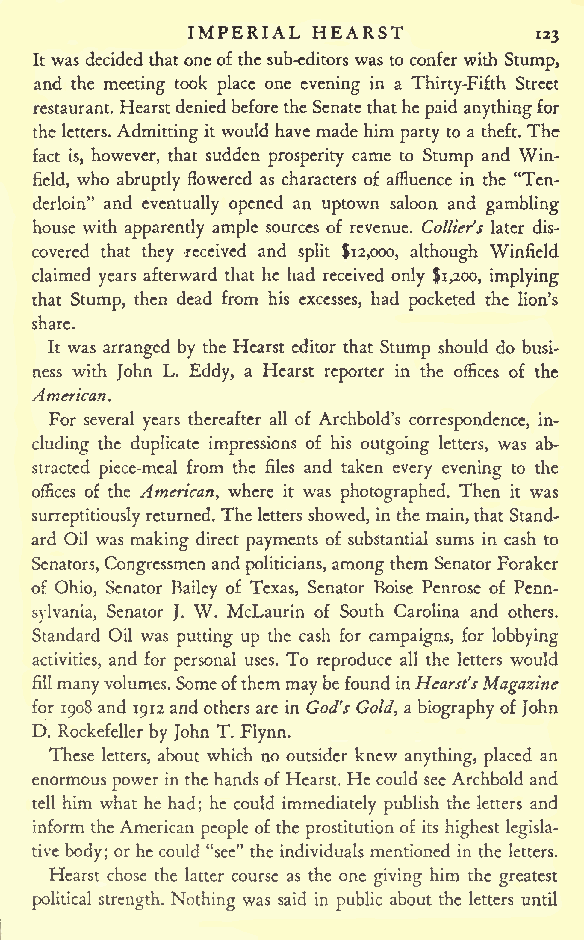
IMPERIAL HEARST
 123
 It was decidedthatoneofthe sub-editors was to confer with Stump,
 and the meeting took place one evening in a Thirty-Fifth Street
 restaurant. Hearstdeniedbeforethe Senate thathe paid anythingfor
 the letters.Admittingit would have made him party to a theft. The
 fact is, however, that sudden prosperity came to Stump and Win-
 field, who abruptly flowered as characters of affluence in the "Ten-
 derloin" and eventually opened an uptown saloon and gambling
 house with apparently ample sources of revenue. Colliers later dis-
 covered that they -received and split $12,000, although Winfield
 claimed years afterward that he had received only $1,200, implying
 that Stump, then dead from his excesses, had pocketed the lion's
 share.
 It was arranged by the Hearst editor that Stump should do busi-
 ness with John L. Eddy, a Hearst reporter in the offices of the
 American.
 For several years thereafter all of Archbold's correspondence, in-
 cluding the duplicate impressions of his outgoing letters, was ab-
 stracted piece-meal from the files and taken every evening to the
 offices of the American, where it was photographed. Then it was
 surreptitiouslyreturned.Theletters showed, inthe main,thatStand-
 ard Oil was making direct payments of substantial sums in cash to
 Senators,Congressmenand
 politicians,
 amongthem SenatorForaker
 of Ohio, Senator Bailey of Texas, Senator Boise Penrose of Penn-
 sylvania, Senator J. W. McLaurin of South Carolina and others.
 Standard Oil was putting up the cash for campaigns, for lobbying
 activities, and for personal uses. To reproduce all the letters would
 fillmanyvolumes.Someofthemmaybefound inHearst'sMagazine
 for 1908 and 1912andothers arc in God's Gold, a biographyofJohn
 D. Rockefeller by John T. Flynn.
 These letters, about which no outsider knew anything, placed an
 enormous power in the hands of Hearst. Hecould see Archbold and
 tell him what he had; he could immediately publish the letters and
 inform theAmerican people of the prostitutionof its highest legisla-
 tive body; or he could "sec" the individuals mentioned in the letters.
 Hearst chose the latter course as the one giving him the greatest
 political strength. Nothing was said in public about the letters until